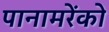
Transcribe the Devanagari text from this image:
पानामरेंको